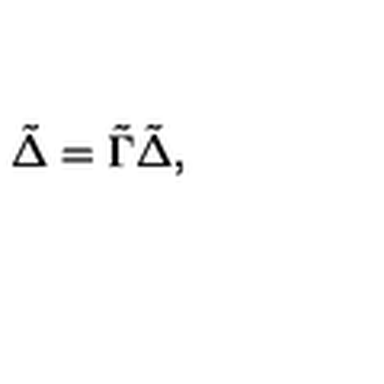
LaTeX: \tilde { \Delta } = \tilde { \Gamma } \tilde { \Delta } ,